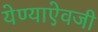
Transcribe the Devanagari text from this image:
येण्याऐवजी